Lunatic asylums in Bengal annual reports 1899-1911 - 1899-1911
Year: 1899
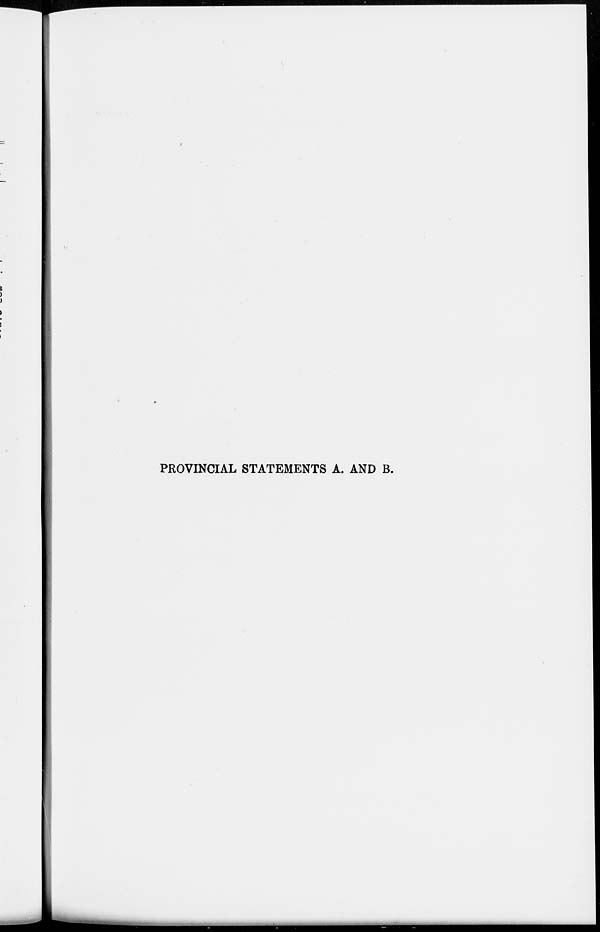
PROVINCIAL STATEMENTS A. AND B.